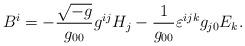
LaTeX: \begin{align*} B^{i} = - \frac{\sqrt{-g}}{g_{0 0}} g^{i j} H_{j} - \frac{1}{g_{0 0}} \varepsilon^{i j k} g_{j 0} E_{k}.\end{align*}